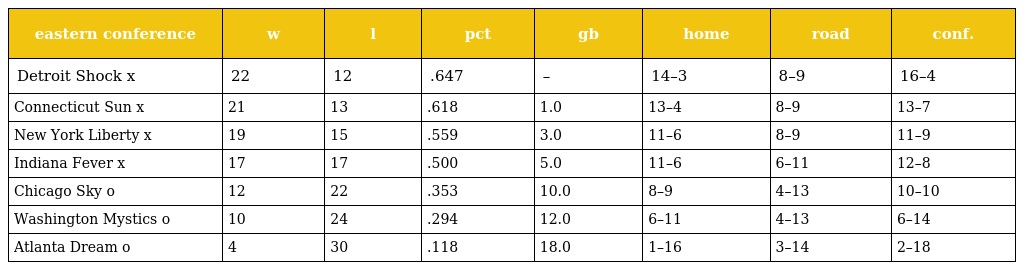
| eastern conference | w | l | pct | gb | home | road | conf. |
 | --- | --- | --- | --- | --- | --- | --- | --- |
 | Detroit Shock x | 22 | 12 | .647 | – | 14–3 | 8–9 | 16–4 |
 | Connecticut Sun x | 21 | 13 | .618 | 1.0 | 13–4 | 8–9 | 13–7 |
 | New York Liberty x | 19 | 15 | .559 | 3.0 | 11–6 | 8–9 | 11–9 |
 | Indiana Fever x | 17 | 17 | .500 | 5.0 | 11–6 | 6–11 | 12–8 |
 | Chicago Sky o | 12 | 22 | .353 | 10.0 | 8–9 | 4–13 | 10–10 |
 | Washington Mystics o | 10 | 24 | .294 | 12.0 | 6–11 | 4–13 | 6–14 |
 | Atlanta Dream o | 4 | 30 | .118 | 18.0 | 1–16 | 3–14 | 2–18 |